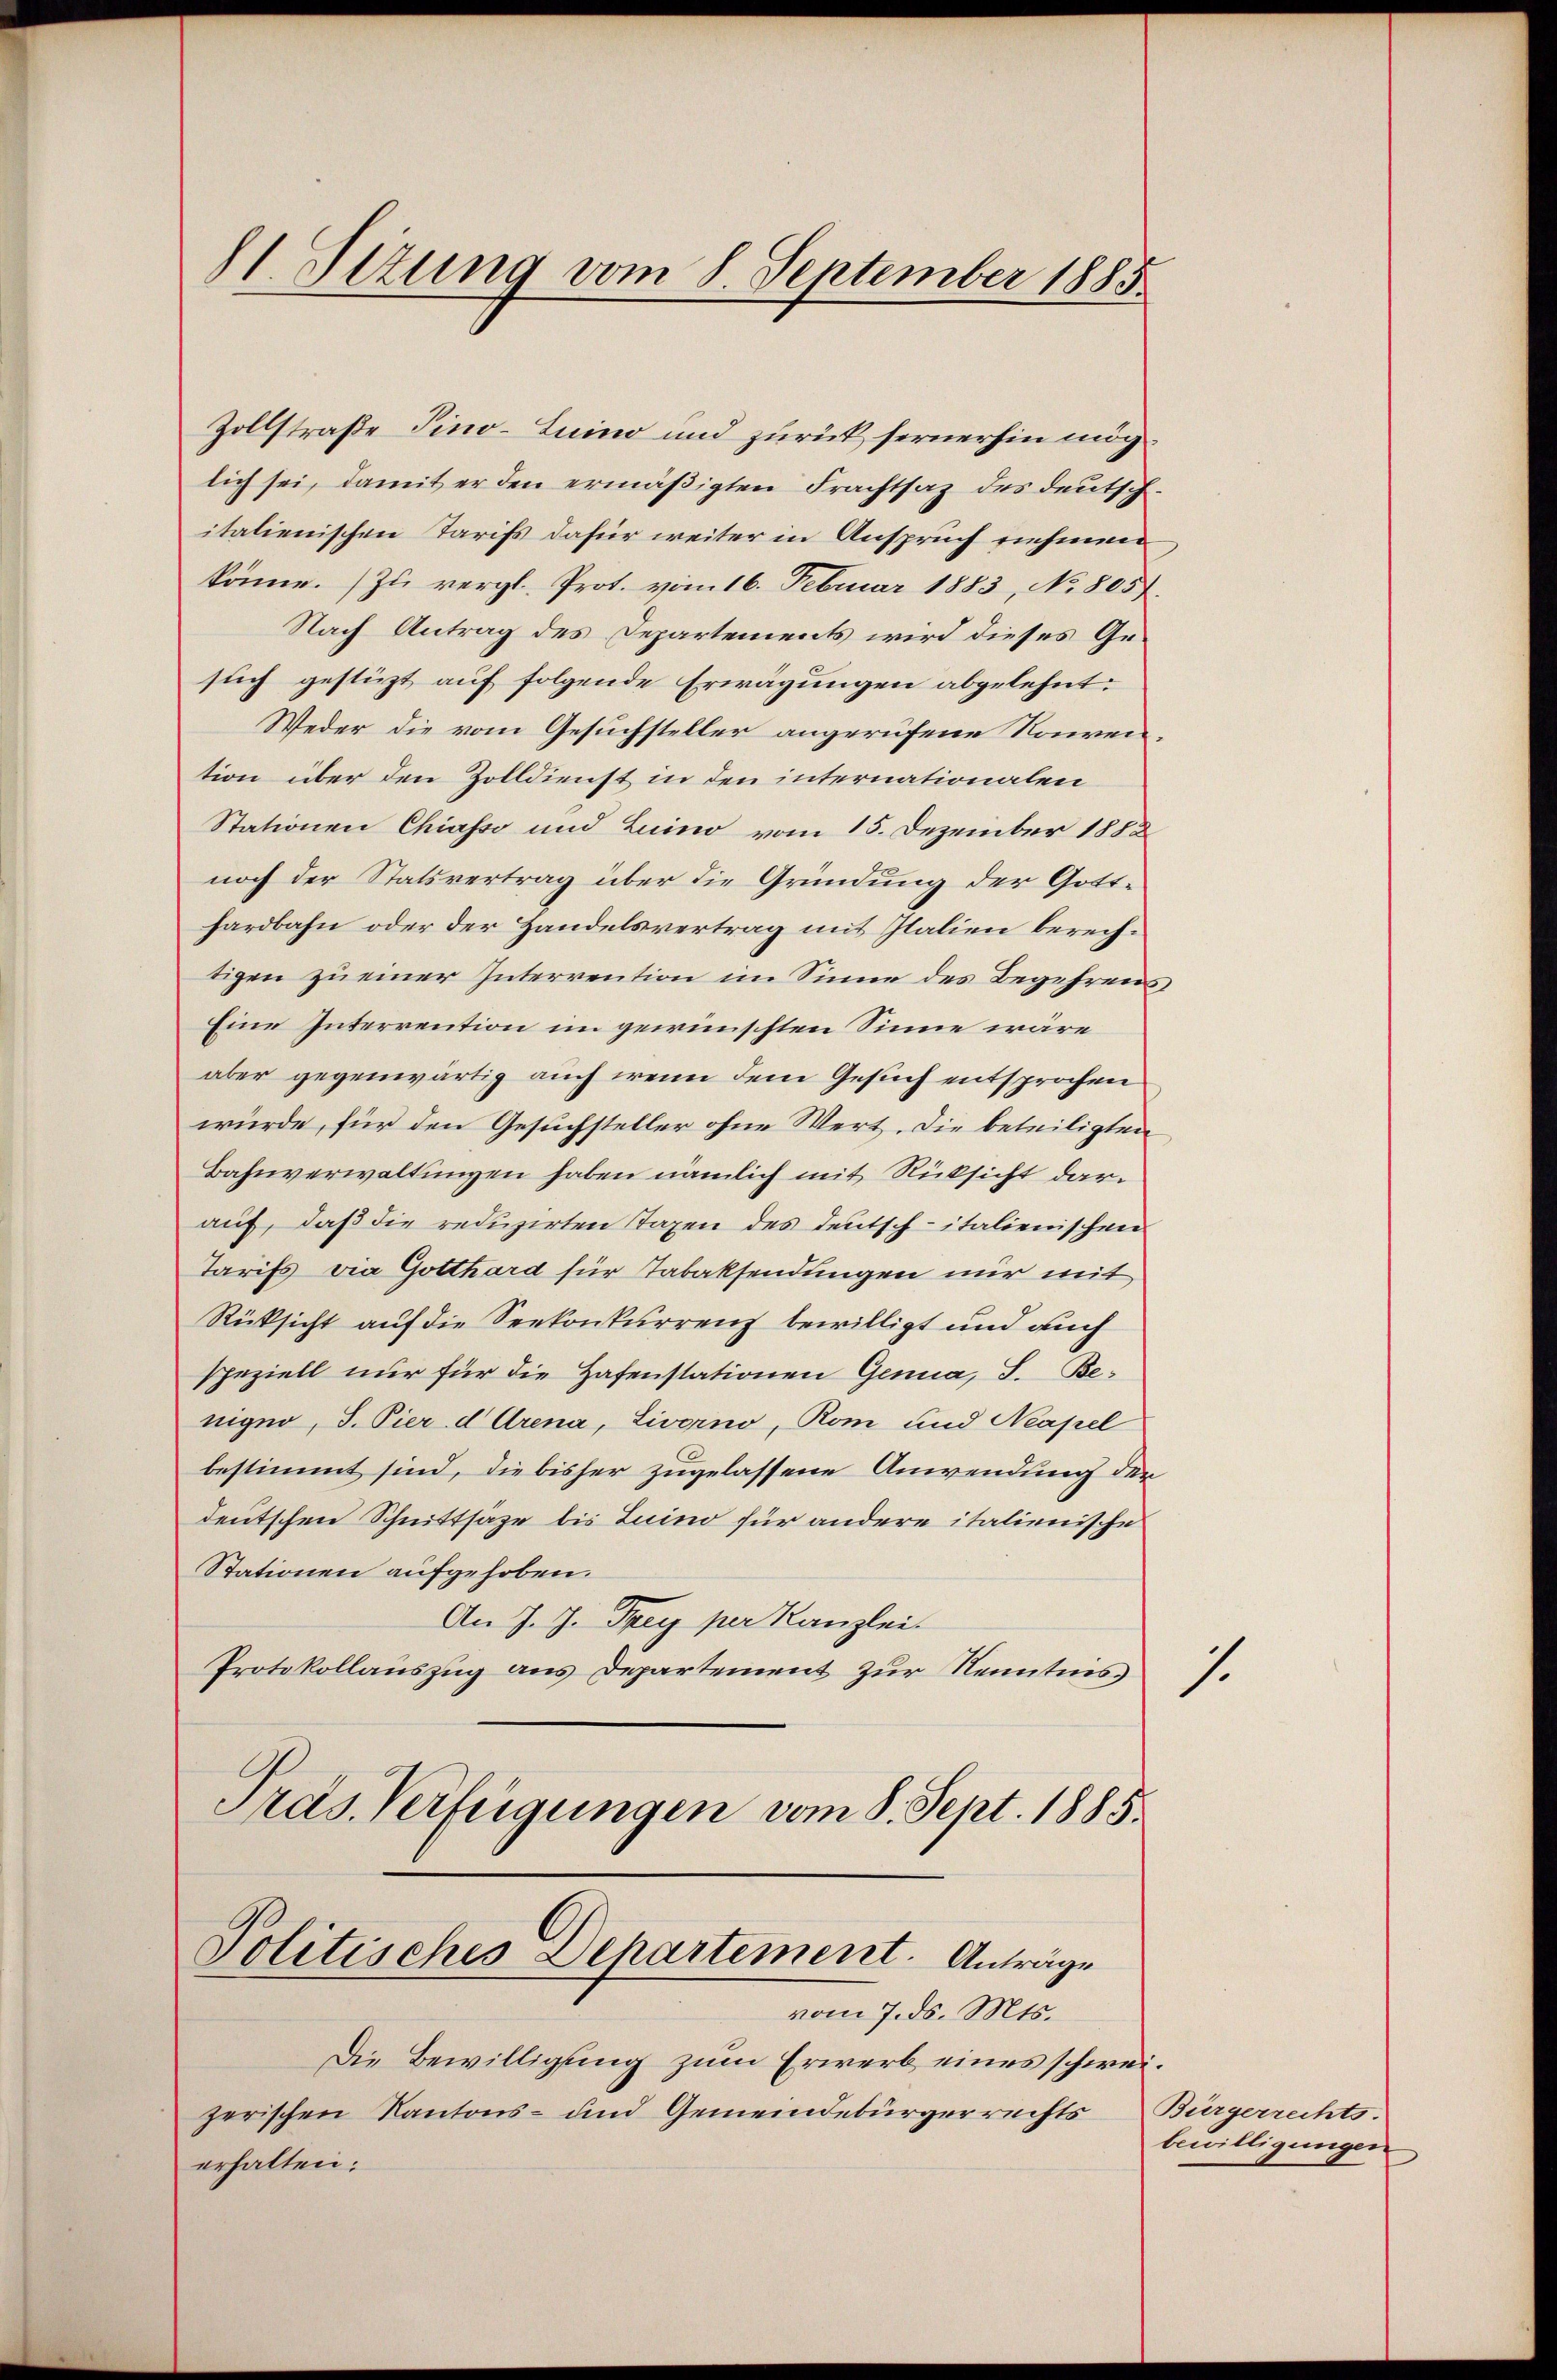
Zollstraße Pino-Luino und zurück fernerhin möch
lich sei, damit er den ermäßigten Frachtsaz des deutschitalienischen Tarifs dafür weiter in Anspruch nehmen
könne. Zu vergl. Prot. vom 16. Februar 1883, No 805)
Nach Antrag des Departements wird dieses Gesuch gestüzt auf folgende Erwägungen abgelehnt.
Weder die vom Gesuchsteller angerufene Nonvention über den Zolldienst in den internationalen
Stationen Chiasso und Luino vom 15. Dezember 1888
noch der Statsvertrag über die Gründung der Gotthardbahn oder der Handelsvertrag mit Italien berechtigen zu einer Interrention im Sinne des Begehrens¬
Eine Interrention im gewünschten Sinne wäre
aber gegenwärtig auch wenn dem Gesuch entsprochen
würde, für den Gesuchsteller ohne Wert. Die beteiligten
Bahnverwaltungen haben nämlich mit Rücksicht darauf, daß die reduzirten Taxen des Deutsch-italienischen
Tarifs die Gotthard für Tabaksendungen nur mit
Rüksicht auf die Seekonkurrenz bewilligt und auch
speziell nur für die Hafenstationen Genua, S. Be-
nigno, d. Pier d Arena, Livorno, Rom und Neapel
bestimmt sind, die bisher zugelassene Anwendung der
deutschen Schnittsage bis Luino für andere italienische
Stationen aufgehoben.
An J. J. Frey per Kanzlei.
Protokollauszug aus Departement zur Kenntnis
Pras Verfügungen vom 8. Sept. 1885.

81 Sizung vom 8. September 1885

Politisches Departement. Anträge
vom 7. ds. Mts.

Die Bewilligung zum Erwerb eines schweizerischen Kantons- und Gemeindebürgerrechts
erhalten.

1.

Bürgerrechts.
bewilligungen.